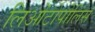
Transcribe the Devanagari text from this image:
लिओंटोपोलिस